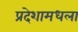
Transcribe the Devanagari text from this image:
प्रदेशामधला